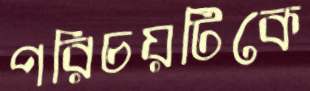
পরিচয়টিকে